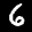
Label: 6